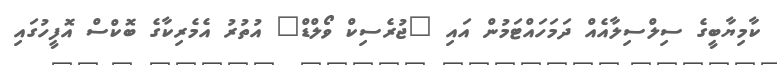
ކާމިޔާބީގެ ސިލްސިލާއެއް ދަމަހައްޓަމުން އައި "ޖުރެސިކް ވޯލްޑް" އުތުރު އެމެރިކާގެ ބޮކްސް އޮފީހުގައި